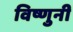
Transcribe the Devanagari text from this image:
विष्णुनी